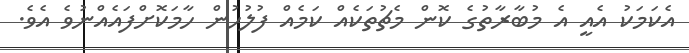
އެކަމަކު އެއީ އެ މުބާރާތުގެ ކޮން މެޗުތަކެއް ކަމެއް ފުލުހުން ހާމަކޮށްފައެއްނުވެ އެވެ.